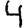
Digit: 4